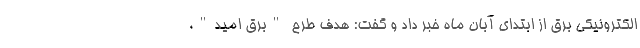
الکترونیکی برق از ابتدای آبان ماه خبر داد و گفت: هدف طرح "برق امید"،